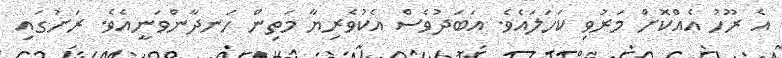
އެ ރޫހު އެއްކޮށް މަރުވި ކަހަލައެވެ. އަބަދުވެސް އެކުވެރިޔާ މަތިން ހަނދާންވަނީއެވެ. ރަށުގައި